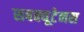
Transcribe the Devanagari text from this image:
सबक्यूटेनस